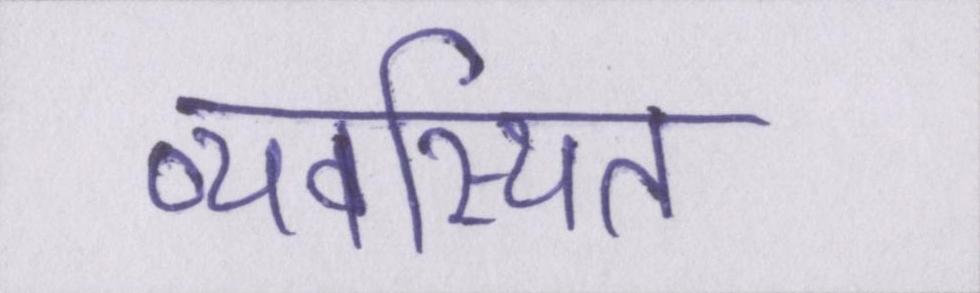
व्यवस्थित